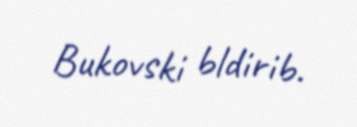
Bukovski bldirib.